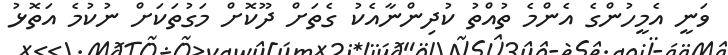
ވަނީ އެމީހުންގެ އެންމެ ތުއްތު ކުދިންނާއެކު ގެތަށް ދޫކޮށް މަގުތަކަށް ނުކުމެ އަތޮޅު